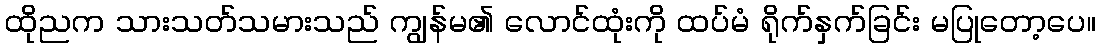
ထိုညက သားသတ်သမားသည် ကျွန်မ၏ လောင်ထုံးကို ထပ်မံ ရိုက်နှက်ခြင်း မပြုတော့ပေ။